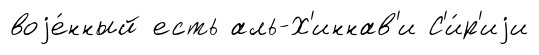
воjе́нный есть аль-Х'иннав'и С'и́р'иjи